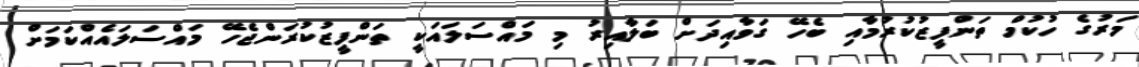
މަރުގެ ހުކުމް ތަންފީޒުކުރުމާއި ބެހޭ ގަވާއިދަށް ބަލާއިރު މި މައްސަލައަކީ ތަންފީޒުކުރަންޖެހޭ މައްސަލައެއްކަމަށް